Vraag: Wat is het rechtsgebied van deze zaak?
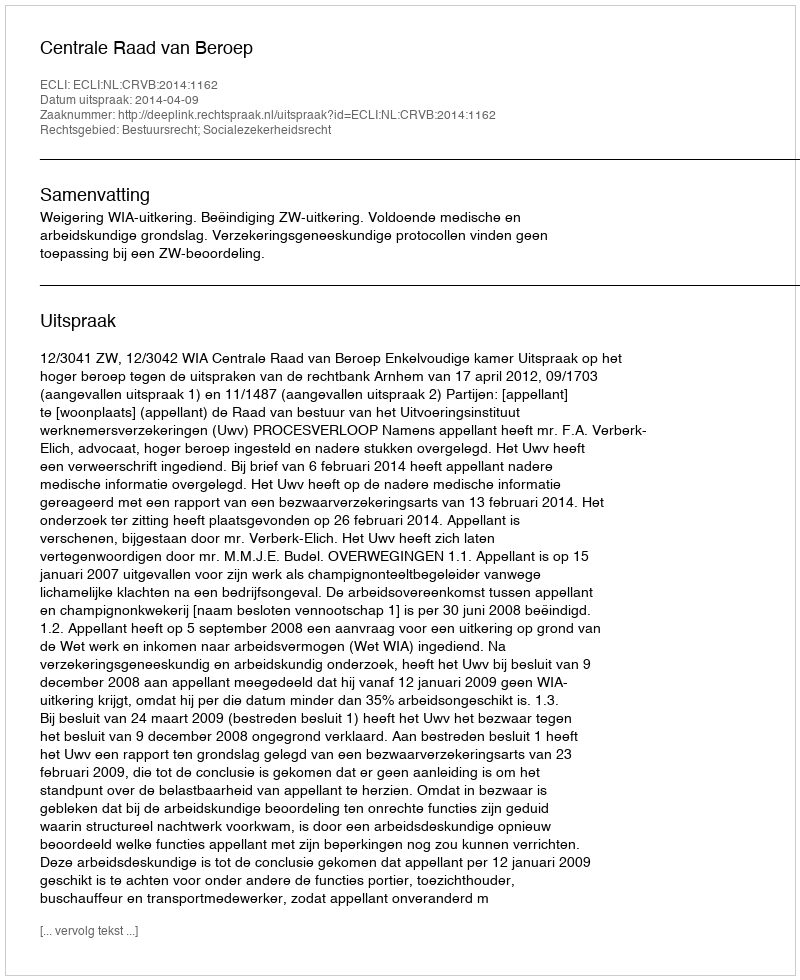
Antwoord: Bestuursrecht; Socialezekerheidsrecht